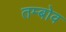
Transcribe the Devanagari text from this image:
तम्बोव